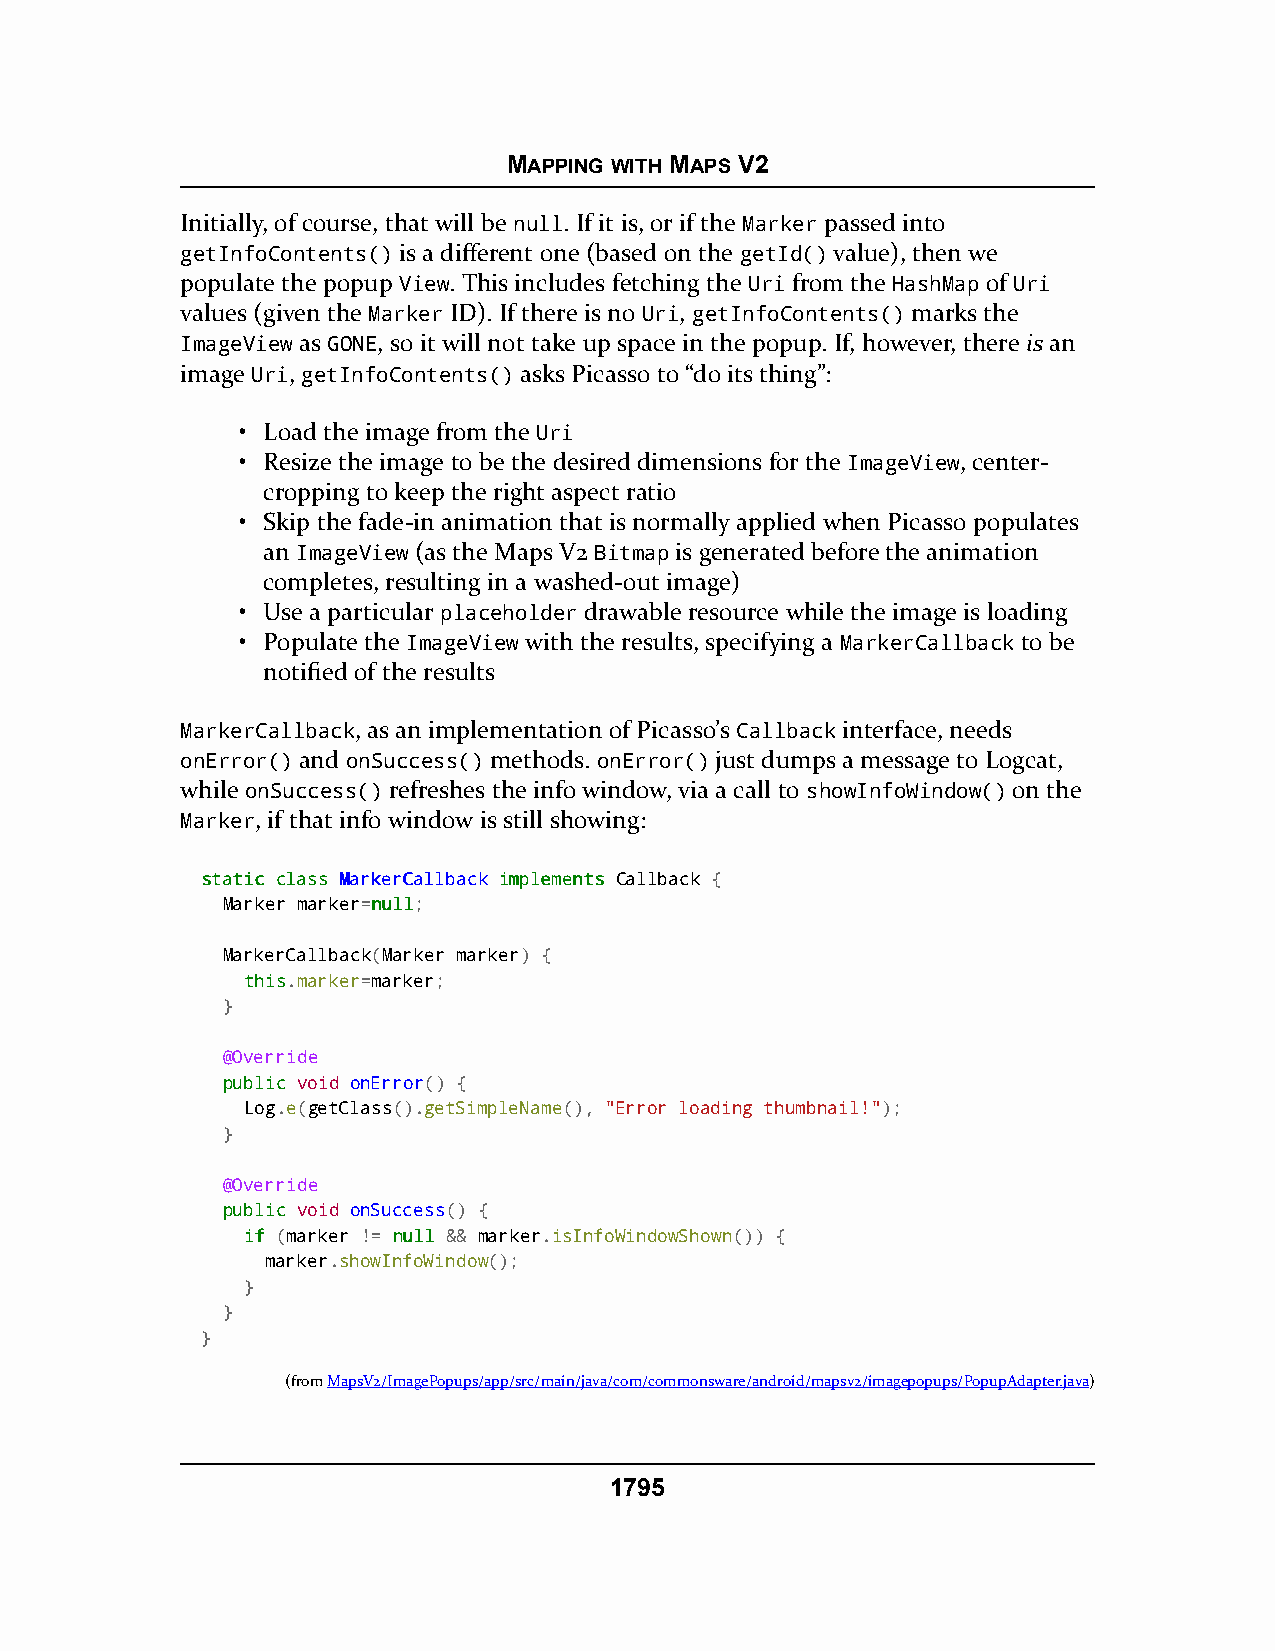
MAPPING WITH MAPS V2
 Initially, of course, that will be null. If it is, or if the Marker passed into
 getInfoContents() is a different one (based on the getId() value), then we
 populate the popup View. This includes fetching the Uri from the HashMap of Uri
 values (given the Marker ID). If there is no Uri, getInfoContents() marks the
 ImageView as GONE, so it will not take up space in the popup. If, however, there is an
 image Uri, getInfoContents() asks Picasso to “do its thing”:
 • Load the image from the Uri
 • Resize the image to be the desired dimensions for the ImageView, center-
 cropping to keep the right aspect ratio
 • Skip the fade-in animation that is normally applied when Picasso populates
 an ImageView (as the Maps V2 Bitmap is generated before the animation
 completes, resulting in a washed-out image)
 • Use a particular placeholder drawable resource while the image is loading
 • Populate the ImageView with the results, specifying a MarkerCallback to be
 notified of the results
 MarkerCallback, as an implementation of Picasso’s Callback interface, needs
 onError() and onSuccess() methods. onError() just dumps a message to Logcat,
 while onSuccess() refreshes the info window, via a call to showInfoWindow() on the
 Marker, if that info window is still showing:
 ssttaattiicc ccllaassss MMaarrkkeerrCCaallllbbaacckk iimmpplleemmeennttss Callback {
 Marker marker=nnuullll;
 MarkerCallback(Marker marker) {
 tthhiiss.marker=marker;
 }
 @Override
 ppuubblliicc void onError() {
 Log.e(getClass().getSimpleName(), "Error loading thumbnail!");
 }
 @Override
 ppuubblliicc void onSuccess() {
 iiff (marker != nnuullll && marker.isInfoWindowShown()) {
 marker.showInfoWindow();
 }
 }
 }
 (fromMapsV2/ImagePopups/app/src/main/java/com/commonsware/android/mapsv2/imagepopups/PopupAdapter.java)
 1795